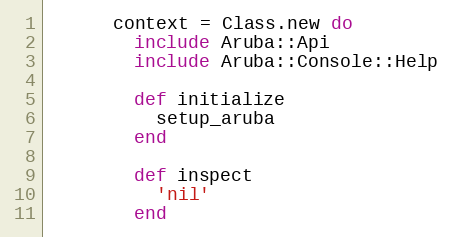
Language: Ruby
      context = Class.new do
        include Aruba::Api
        include Aruba::Console::Help

        def initialize
          setup_aruba
        end

        def inspect
          'nil'
        end